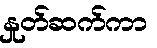
နှုတ်ဆက်ကာ